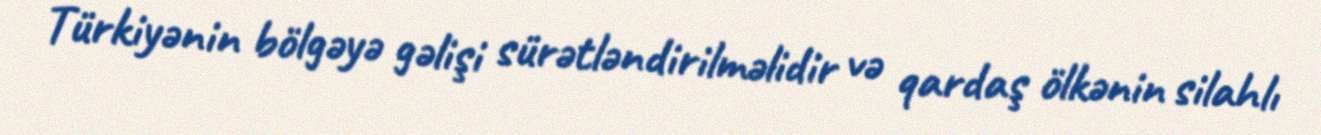
Türkiyənin bölgəyə gəlişi sürətləndirilməlidir və qardaş ölkənin silahlı